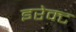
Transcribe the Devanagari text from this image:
इरेक्ट